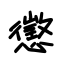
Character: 懲